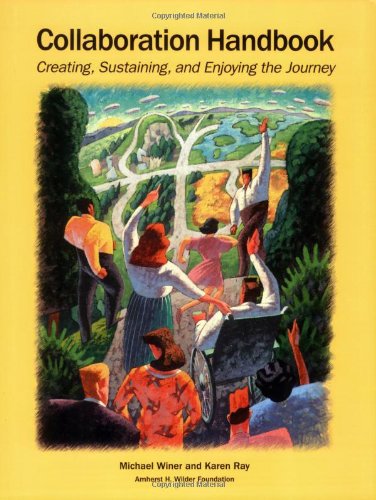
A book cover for Collaboration Handbook: Creating, Sustaining, and Enjoying the Journey; Michael Barry Winer; Business & Money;